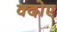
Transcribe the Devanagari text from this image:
क्दोए